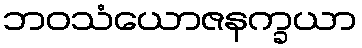
ဘဝသံယောဇနက္ခယာ